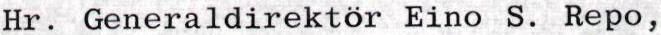
Hr. Generaldirektör Eino S. Repo,